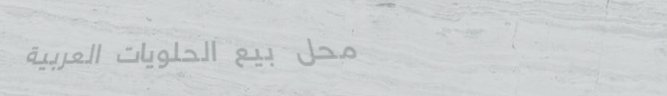
محل بيع الحلويات العربية